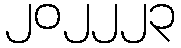
၂၀၂၂၂၃